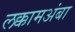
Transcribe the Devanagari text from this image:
लक्कामअंबा